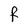
Character: F